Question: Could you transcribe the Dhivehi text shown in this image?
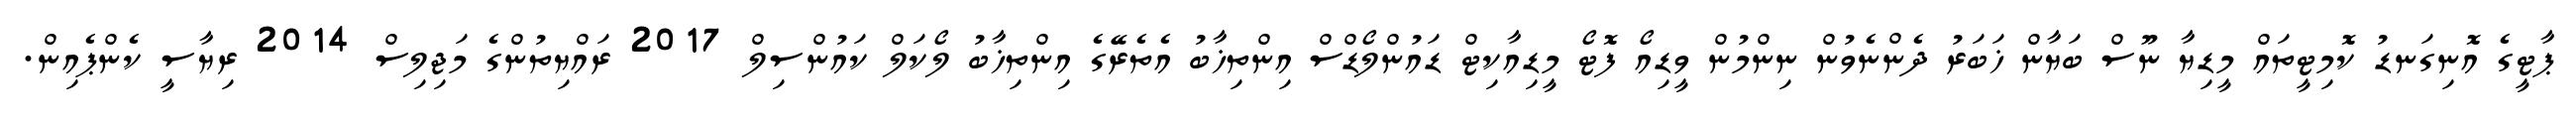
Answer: ޕާޓީގެ އޮނިގަނޑު ކޮމިޓީތައް މީޑިޔާ ނޫސް ބަޔާން ޚަބަރު ދެންނެވުން ނިންމުން ވީޑިއޯ ފޮޓޯ މީޑިއާކިޓް ޑައުންލޯޑްސް އިންތިޚާބު އެތެރޭގެ އިންތިޚާބު ލޯކަލް ކައުންސިލް 2017 ރައްޔިތުންގެ މަޖިލިސް 2014 ރިޔާސީ ކެންޕެއިން.